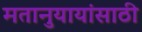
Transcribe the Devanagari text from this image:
मतानुयायांसाठी